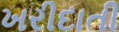
ખરીદાતી